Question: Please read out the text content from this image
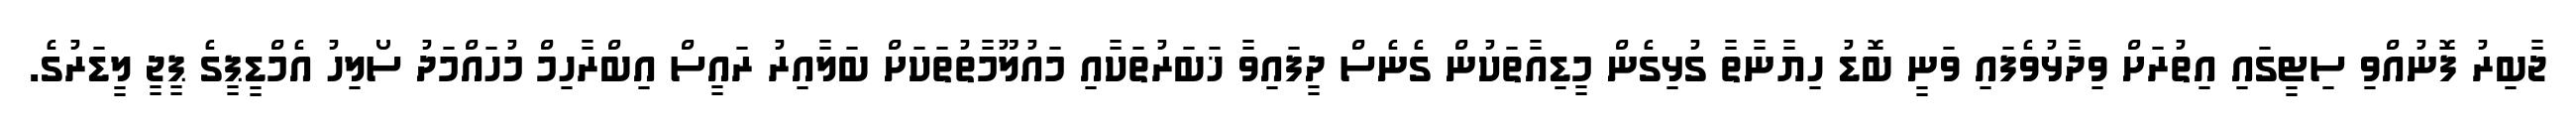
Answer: ޖާބިރު ފޮނުއްވި ސިޓީގައި އިތުރަށް ވިދާޅުވެފައި ވަނީ ބޮޑު ހިޔާނާތާ ގުޅިގެން މީޑިއާތަކުން ގެނެސް ދީފައިވާ ޚަބަރުތަކާއި މައުލޫމާތުތަކަށް ބަލާއިރު ރައީސް އިބްރާހިމް މުހައްމަދު ސޯލިހު އެމްޑީޕީގެ ޕީޖީ ލީޑަރުގެ.